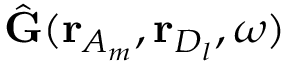
\hat { \mathbf { G } } ( \mathbf { r } _ { A _ { m } } , \mathbf { r } _ { D _ { l } } , \omega )